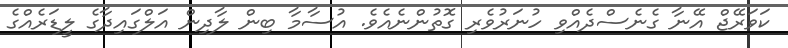
ކަވަރޭޖް އޭނާ ގެނެސްދެއްވި ހުނަރުވެރި ގޮތުންނެއެވެ. އުސާމާ ބިން ލާދިން އަލްގައިދާގެ ލީޑަރެއްގެ